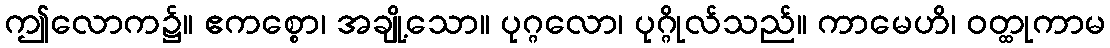
ဤလောက၌။ ဧကစ္စော၊ အချို့သော။ ပုဂ္ဂလော၊ ပုဂ္ဂိုလ်သည်။ ကာမေဟိ၊ ဝတ္ထုကာမ